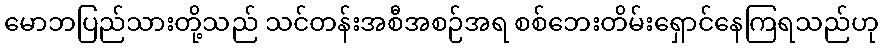
မောဘပြည်သားတို့သည် သင်တန်းအစီအစဉ်အရ စစ်ဘေးတိမ်းရှောင်နေကြရသည်ဟု